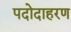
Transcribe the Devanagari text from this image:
पदोदाहरण